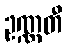
ဥဏ္ဏတီ